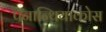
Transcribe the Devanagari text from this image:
पॅनान्थियाकोस